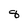
Character: 8